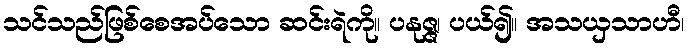
သင်သည်ဖြစ်စေအပ်သော ဆင်းရဲကို။ ပနုဇ္ဇ၊ ပယ်၍။ အသယှသာဟီ၊